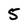
Character: 5